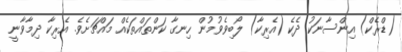
(ޑްރެކް) އިންސާނަކު ދެކެ (އެރިކާ) ލޯބިވެވުމުން ހިނގާ ކަންތައްތަކެއް މައްޗަށެވެ. އެރިކާ ދިމާވާނީ